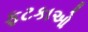
ફટકાઓ